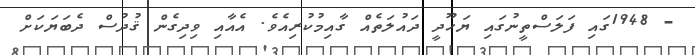
- 1948ގައި ފަލަސްތީނުގައި ޔަހޫދީ ދައުލަތެއް ގާއިމުކުރިއެވެ. އެއާއި ވިދިގެން ޤުދުސް ދެބަޔަކަށް